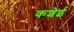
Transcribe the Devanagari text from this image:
कशेई